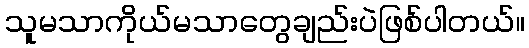
သူမသာကိုယ်မသာတွေချည်းပဲဖြစ်ပါတယ်။